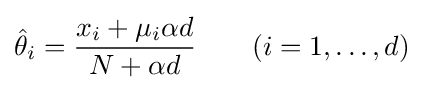
{\hat {\theta }}_{i}={\frac {x_{i}+\mu _{i}\alpha d}{N+\alpha d}}\qquad (i=1,\ldots ,d)